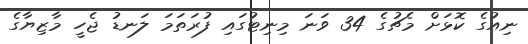
ނިއުގެ ކޮޅަށް މެޗުގެ 34 ވަނަ މިނިޓުގައި ފުރަތަމަ ލަނޑު ޖެހީ މާޒިޔާގެ